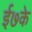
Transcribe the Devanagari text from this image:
ई७के